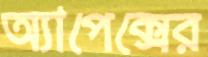
অ্যাপেক্সের